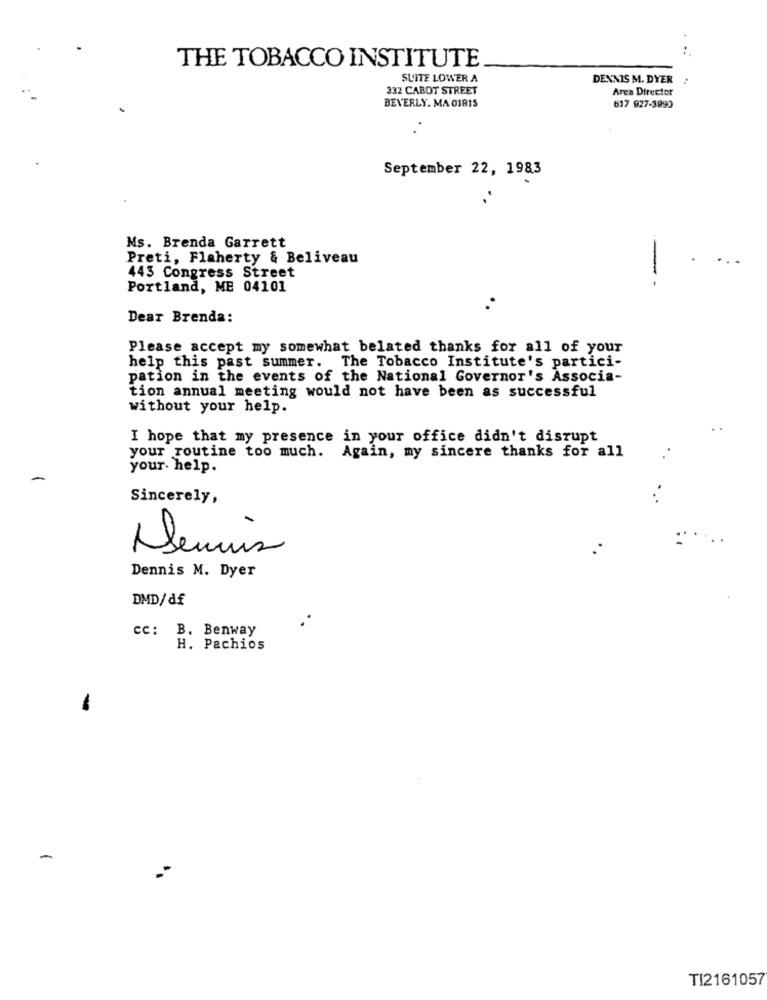
THE TOBACCO INSTITUTE
SUITE LOWER A
DENNIS M. DYER
332 CABOT STREET
Area Director
BEVERLY. MA 01815
617 927-3990
September 22, 1983
.
Ms. Brenda Garrett
Preti, Flaherty & Beliveau
443 Congress Street
-
Portland, ME 04101
Dear Brenda:
Please accept my somewhat belated thanks for all of your
help this past summer. The Tobacco Institute's partici-
pation in the events of the National Governor's Associa-
tion annual meeting would not have been as successful
without your help.
I hope that my presence in your office didn't disrupt
your routine too much. Again, my sincere thanks for all
your. help.
-
Sincerely,
Demis
Dennis M. Dyer
DMD/df
cc: B. Benway
H. Pachios
TI2161057